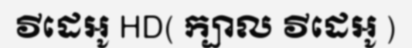
វីដេអូ HD( ក្បាល វីដេអូ )